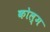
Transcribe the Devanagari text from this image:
कोल्म